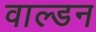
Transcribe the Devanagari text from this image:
वाल्डन